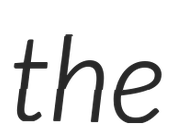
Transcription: the